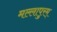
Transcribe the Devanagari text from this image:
मल्लापुरम्